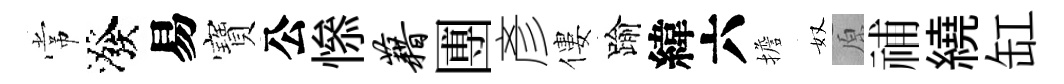
常潑易寶公𢡖藉圑彥僂踰緯六擔奴原𥙷繞缸